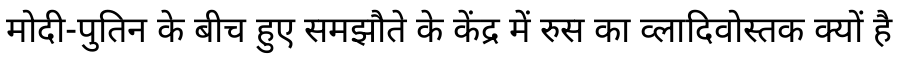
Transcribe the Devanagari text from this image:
मोदी-पुतिन के बीच हुए समझौते के केंद्र में रुस का व्लादिवोस्तक क्यों है